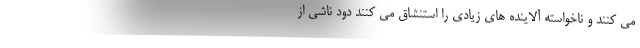
می کنند و ناخواسته آلاینده های زیادی را استنشاق می کنند دود ناشی از